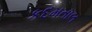
કદમતાલ